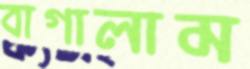
বাগালাম